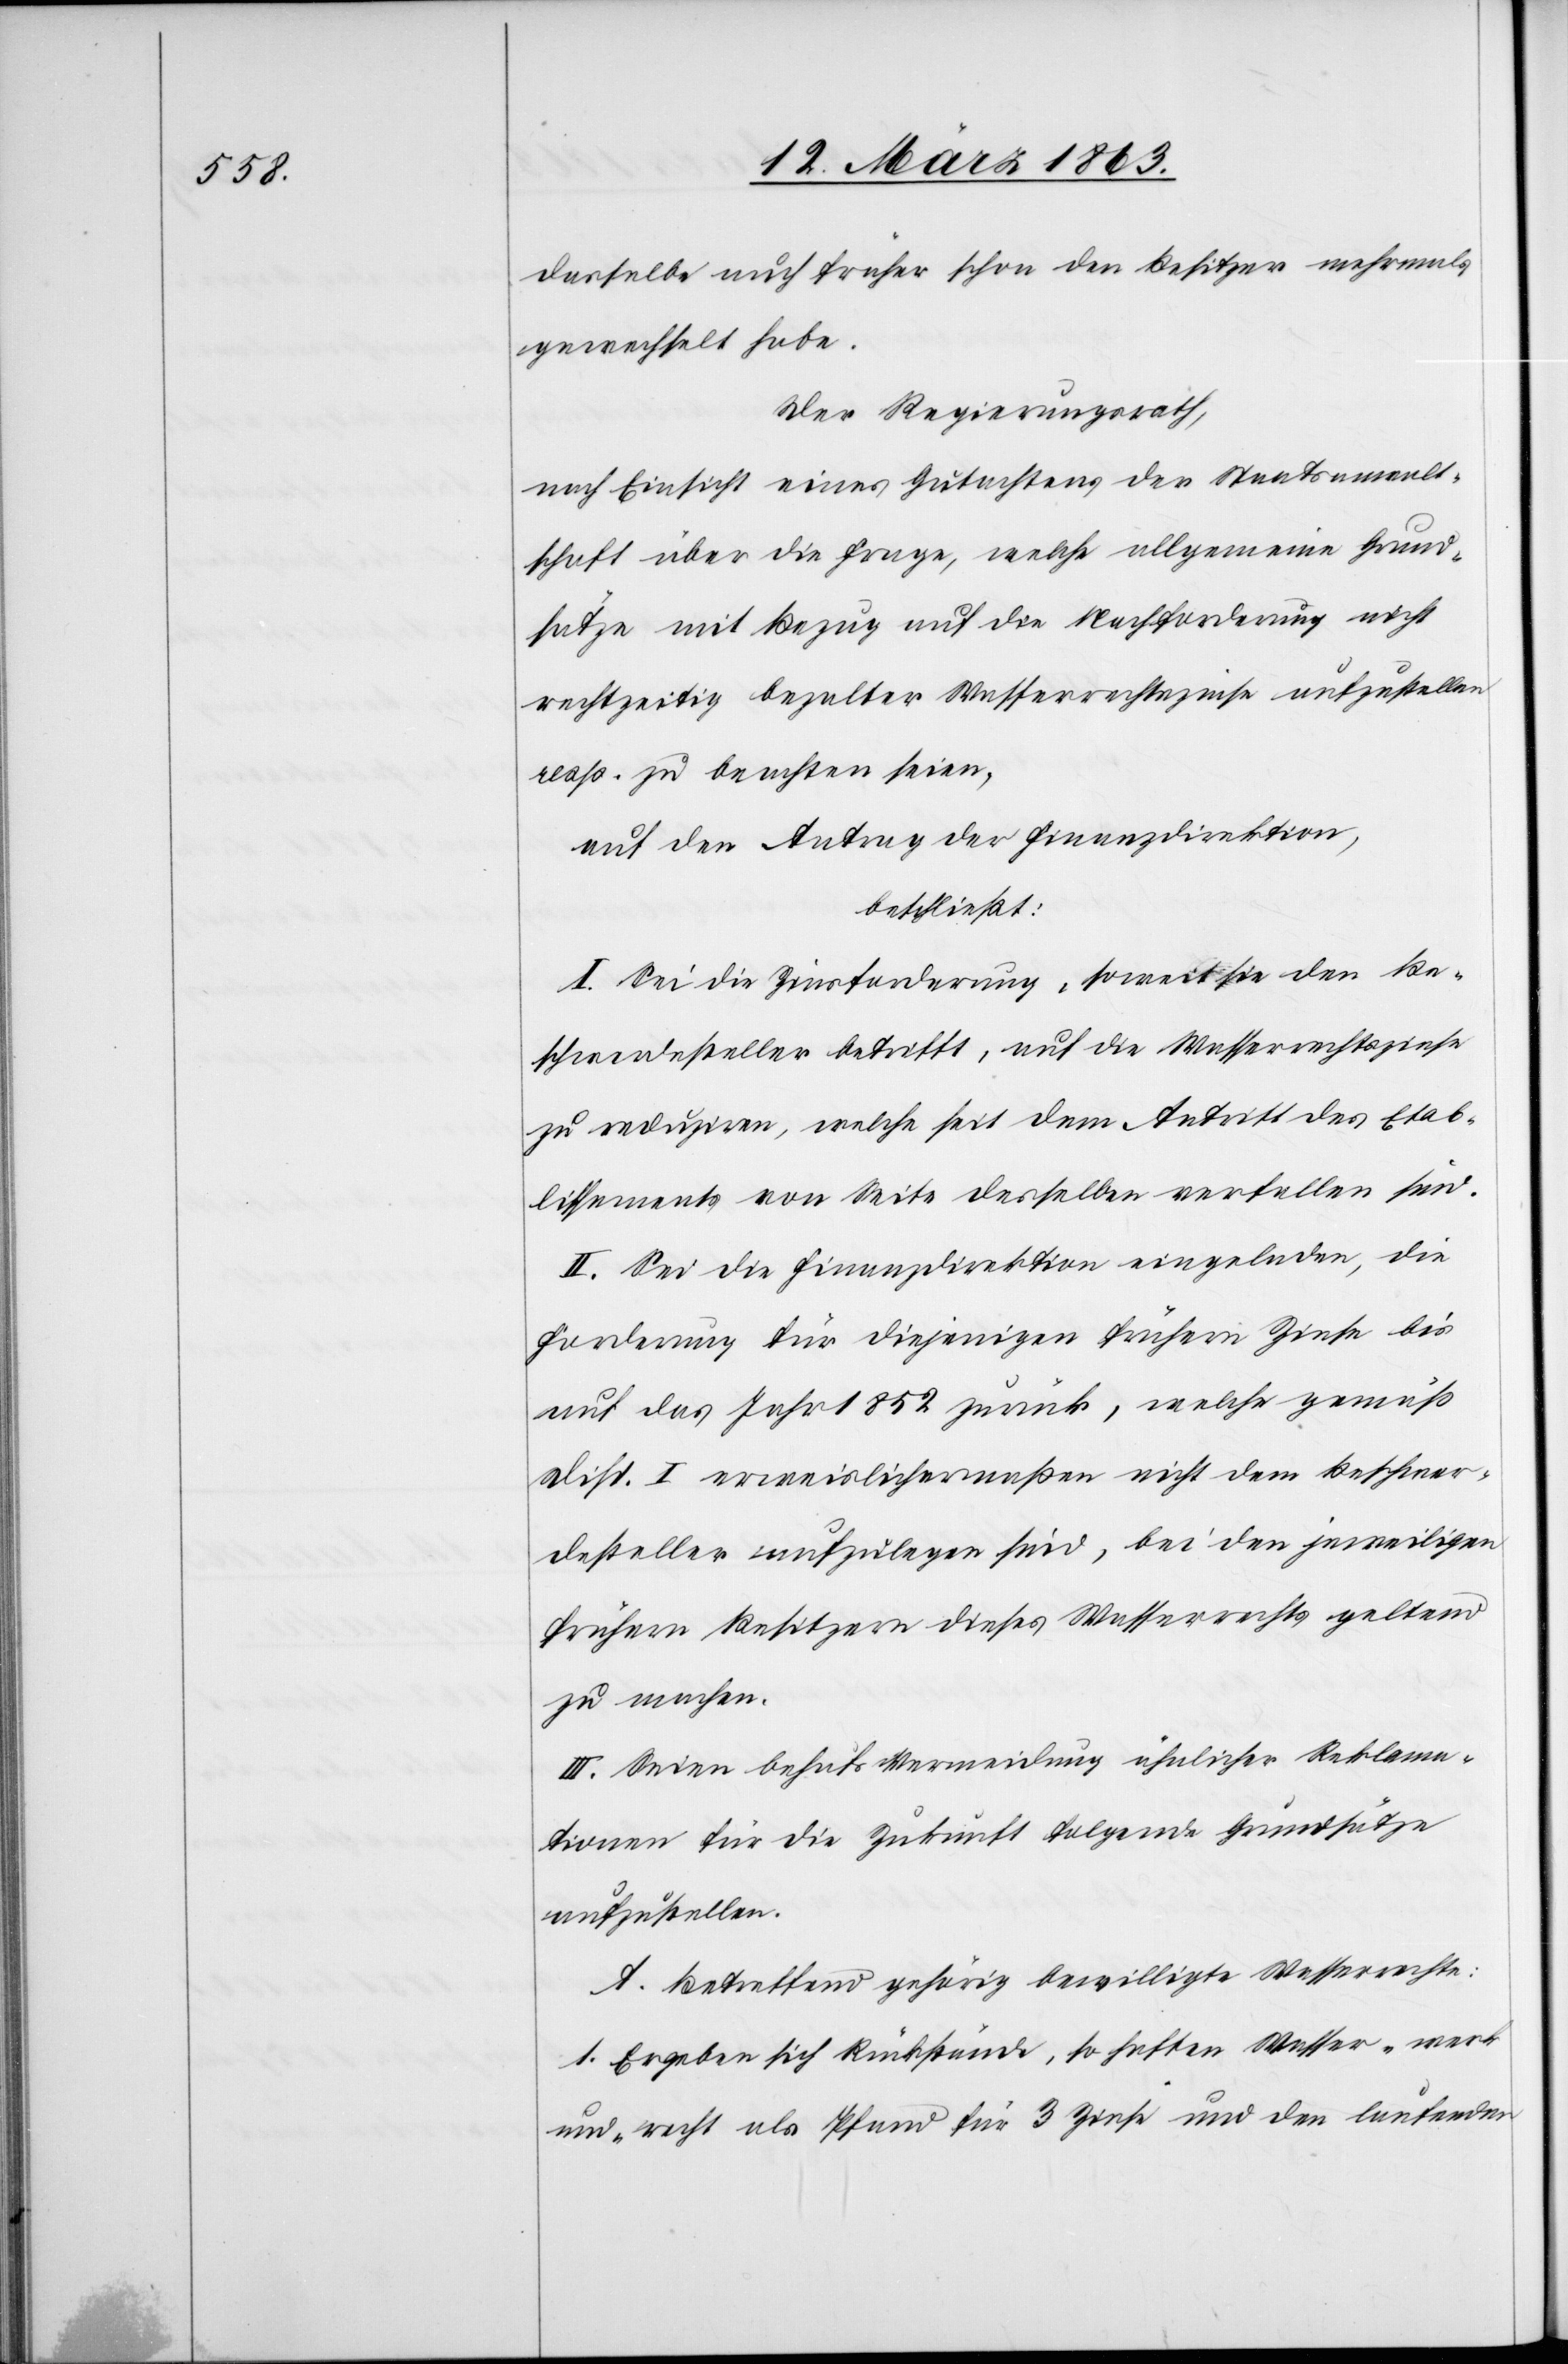
dasselbe auch früher schon den Besitzer mehrmals
gewechselt habe.
Der Regierungsrath,
nach Einsicht eines Gutachtens der Staatsanwalt¬
schaft über die Frage, welche allgemeine Grund¬
sätze mit Bezug auf die Nachforderung nicht
rechtzeitig bezalter Wasserrechtszinse aufzustellen
resp. zu beachten seien,
auf den Antrag der Finanzdirektion,
beschließt:
I. Sei die Zinsforderung, soweit sie den Be¬
schwerdesteller betrifft, auf die Wasserrechtszinse
zu reduziren, welche seit dem Antritt des Etab¬
lissements von Seite desselben verfallen sind.
II. Sei die Finanzdirektion eingeladen, die
Forderung für diejenigen frühern Zinse bis
auf das Jahr 1852 zurück, welche gemäß
Disp. I erweislichermaßen nicht dem Beschwer¬
desteller aufzulegen sind, bei den jeweiligen
frühern Besitzern dieses Wasserrechts geltend
zu machen.
III. Seien behufs Vermeidung ähnlicher Reklama¬
tionen für die Zukunft folgende Grundsätze
aufzustellen.
A. Betreffend gehörig bewilligte Wasserrechte:
1. Ergeben sich Rückstände, so haften Wasser-werk
und -recht als Pfand für 3 Zinse und den laufenden